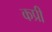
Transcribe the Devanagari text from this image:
कप्री